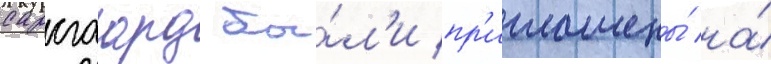
сарсгаард бы́л'и пр'иглашены́ на́